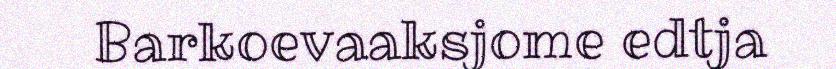
Barkoevaaksjome edtja